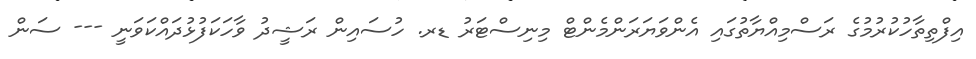
އިފްތިތާހުކުުރުމުގެ ރަސްމިއްޔާތުގައި އެންވަޔަރަންމެންޓް މިނިސްޓަރު ޑރ. ހުސައިން ރަޝީދު ވާހަކަފުޅުދައްކަވަނީ --- ސަން